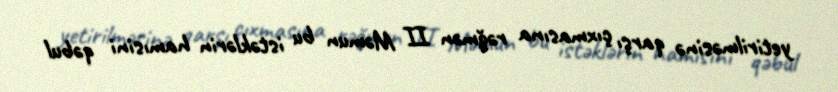
yetirilməsinə qarşı çıxmasına rəğmən II Məmun bu istəklərin hamısini qəbul